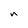
Character: n